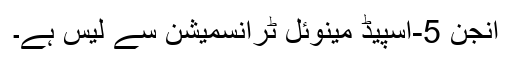
انجن 5-اسپیڈ مینوئل ٹرانسمیشن سے لیس ہے۔